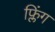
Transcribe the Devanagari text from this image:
फ्लिंग